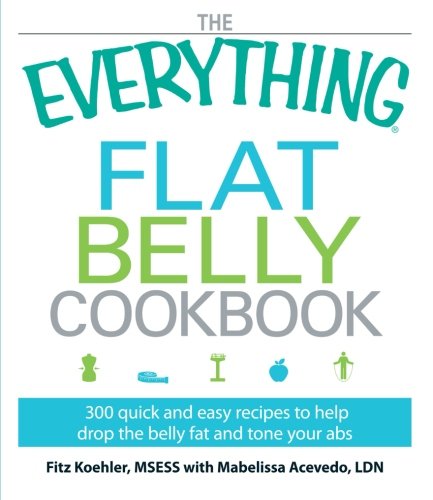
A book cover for The Everything Flat Belly Cookbook: 300 Quick and Easy Recipes to help drop the belly fat and tone your abs; Fitz Koehler; Health, Fitness & Dieting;